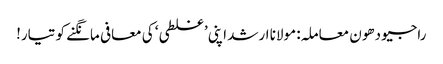
راجیو دھون معاملہ: مولانا ارشد اپنی ’غلطی‘ کی معافی مانگنے کو تیار!